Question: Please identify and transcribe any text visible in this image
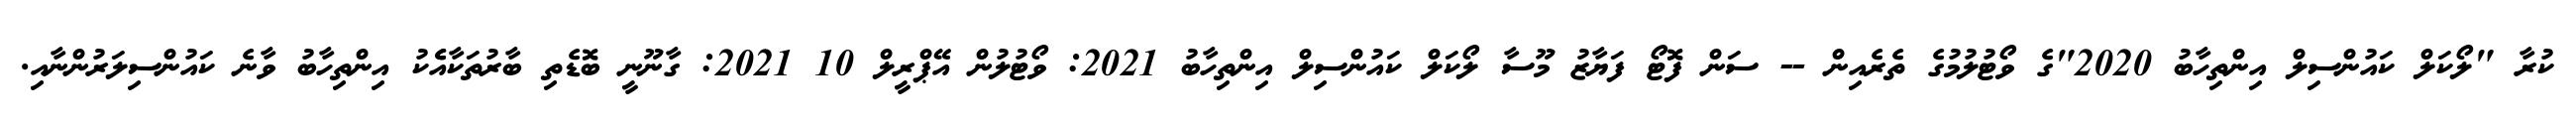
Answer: ކުރާ "ލޯކަލް ކައުންސިލް އިންތިހާބު 2020"ގެ ވޯޓުލުމުގެ ތެރެއިން -- ސަން ފޮޓޯ ފަޔާޒު މޫސާ ލޯކަލް ކައުންސިލް އިންތިހާބު 2021: ވޯޓުލުން އޭޕްރީލް 10 2021: ގާނޫނީ ބޮޑެތި ބާރުތަކާއެެކު އިންތިހާބު ވާނެ ކައުންސިލަރުންނާއި.